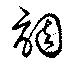
調